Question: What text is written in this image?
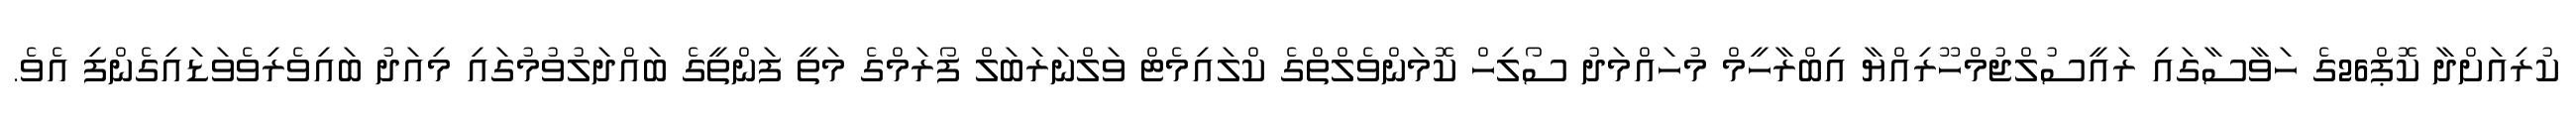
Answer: ކުރިއަށްދާ ކޮޕް26ގެ ހަވާސާގައި ރައީސުލްޖުމްހޫރިއްޔާ އިބްރާހީމް މުހައްމަދު ސޯލިހް ކޮމަންވެލްތްގެ ކްލައިމެޓް ވަލްނަރަބަލް ފޯރަމްގެ މަތީ ފަންތީގެ ބައްދަލުވުމުގައި މިއަދު ބައިވެރިވެވަޑައިގެންފި އެވެ.